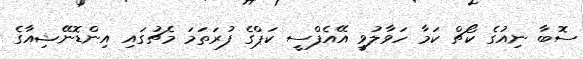
ސޮބާ ނިއުގެ ކޯޗް ކަމާ ހަވާލުވީ އޭއެފްސީ ކަޕްގެ ފުރަތަމަ މެޗުގައި އިންޑޮނޭޝިއާގެ